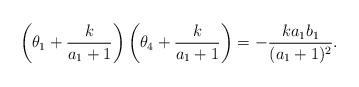
LaTeX: \begin{align*}\left(\theta_1 + \frac{k}{a_1 +1}\right)\left(\theta_4 + \frac{k}{a_1 +1}\right) = -\frac{k a_1 b_1}{(a_1+1)^2}.\end{align*}